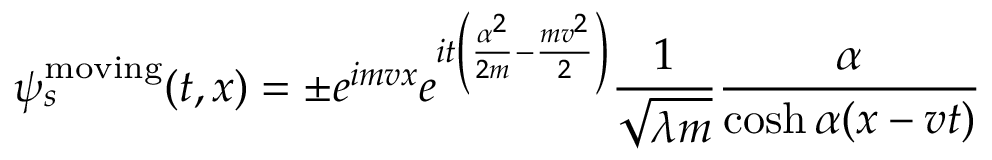
\psi _ { s } ^ { \mathrm { m o v i n g } } ( t , x ) = \pm e ^ { i m v x } e ^ { i t \left( \frac { \alpha ^ { 2 } } { 2 m } - \frac { m v ^ { 2 } } { 2 } \right) } \frac { 1 } { \sqrt { \lambda m } } \frac { \alpha } { \cosh \alpha ( x - v t ) }